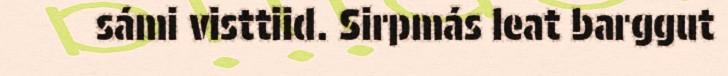
sámi visttiid. Sirpmás leat barggut